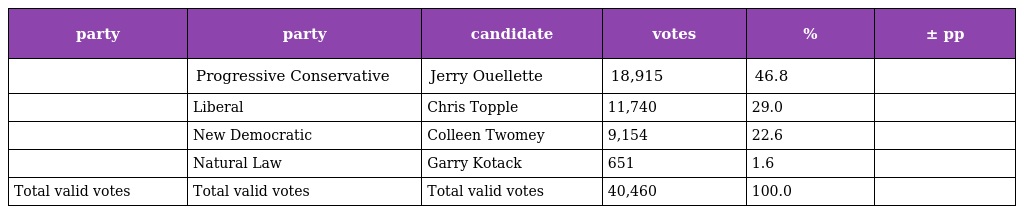
| party | party | candidate | votes | % | ± pp |
 | --- | --- | --- | --- | --- | --- |
 |  | Progressive Conservative | Jerry Ouellette | 18,915 | 46.8 |  |
 |  | Liberal | Chris Topple | 11,740 | 29.0 |  |
 |  | New Democratic | Colleen Twomey | 9,154 | 22.6 |  |
 |  | Natural Law | Garry Kotack | 651 | 1.6 |  |
 | Total valid votes | Total valid votes | Total valid votes | 40,460 | 100.0 |  |